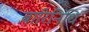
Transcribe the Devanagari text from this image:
बारिनिधि